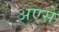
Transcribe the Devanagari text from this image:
अएसे